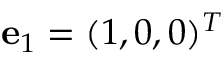
{ \bf e } _ { 1 } = ( 1 , 0 , 0 ) ^ { T }